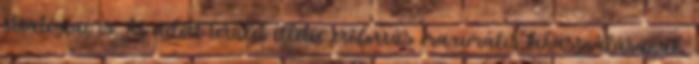
stratégiai is. Az adott terület illetve erőforrás maximális kihasználásának,